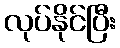
လုပ်နိုင်ပြီး